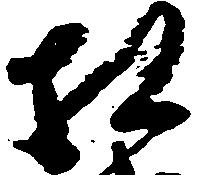
相